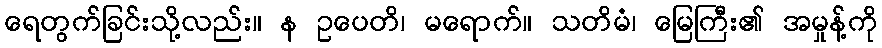
ရေတွက်ခြင်းသို့လည်း။ န ဥပေတိ၊ မရောက်။ သတိမံ၊ မြေကြီး၏ အမှုန့်ကို